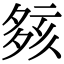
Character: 㚊